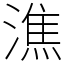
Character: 潐